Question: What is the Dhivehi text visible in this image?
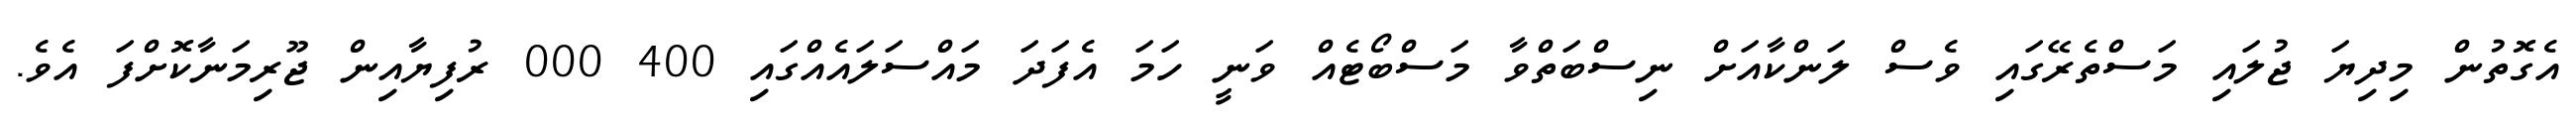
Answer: އެގޮތުން މިދިޔަ ޖުލައި މަސްތެރޭގައި ވެސް ލަންކާއަށް ނިސްބަތްވާ މަސްބޯޓެއް ވަނީ ހަމަ އެފަދަ މައްސަލައެއްގައި 400 000 ރުފިޔާއިން ޖޫރިމަނާކޮށްފަ އެވެ.